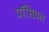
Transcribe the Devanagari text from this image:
पॉसिबल